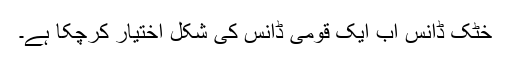
خٹک ڈانس اب ایک قومی ڈانس کی شکل اختیار کرچکا ہے۔